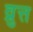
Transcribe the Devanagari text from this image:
व्रुत्त